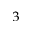
^ 3